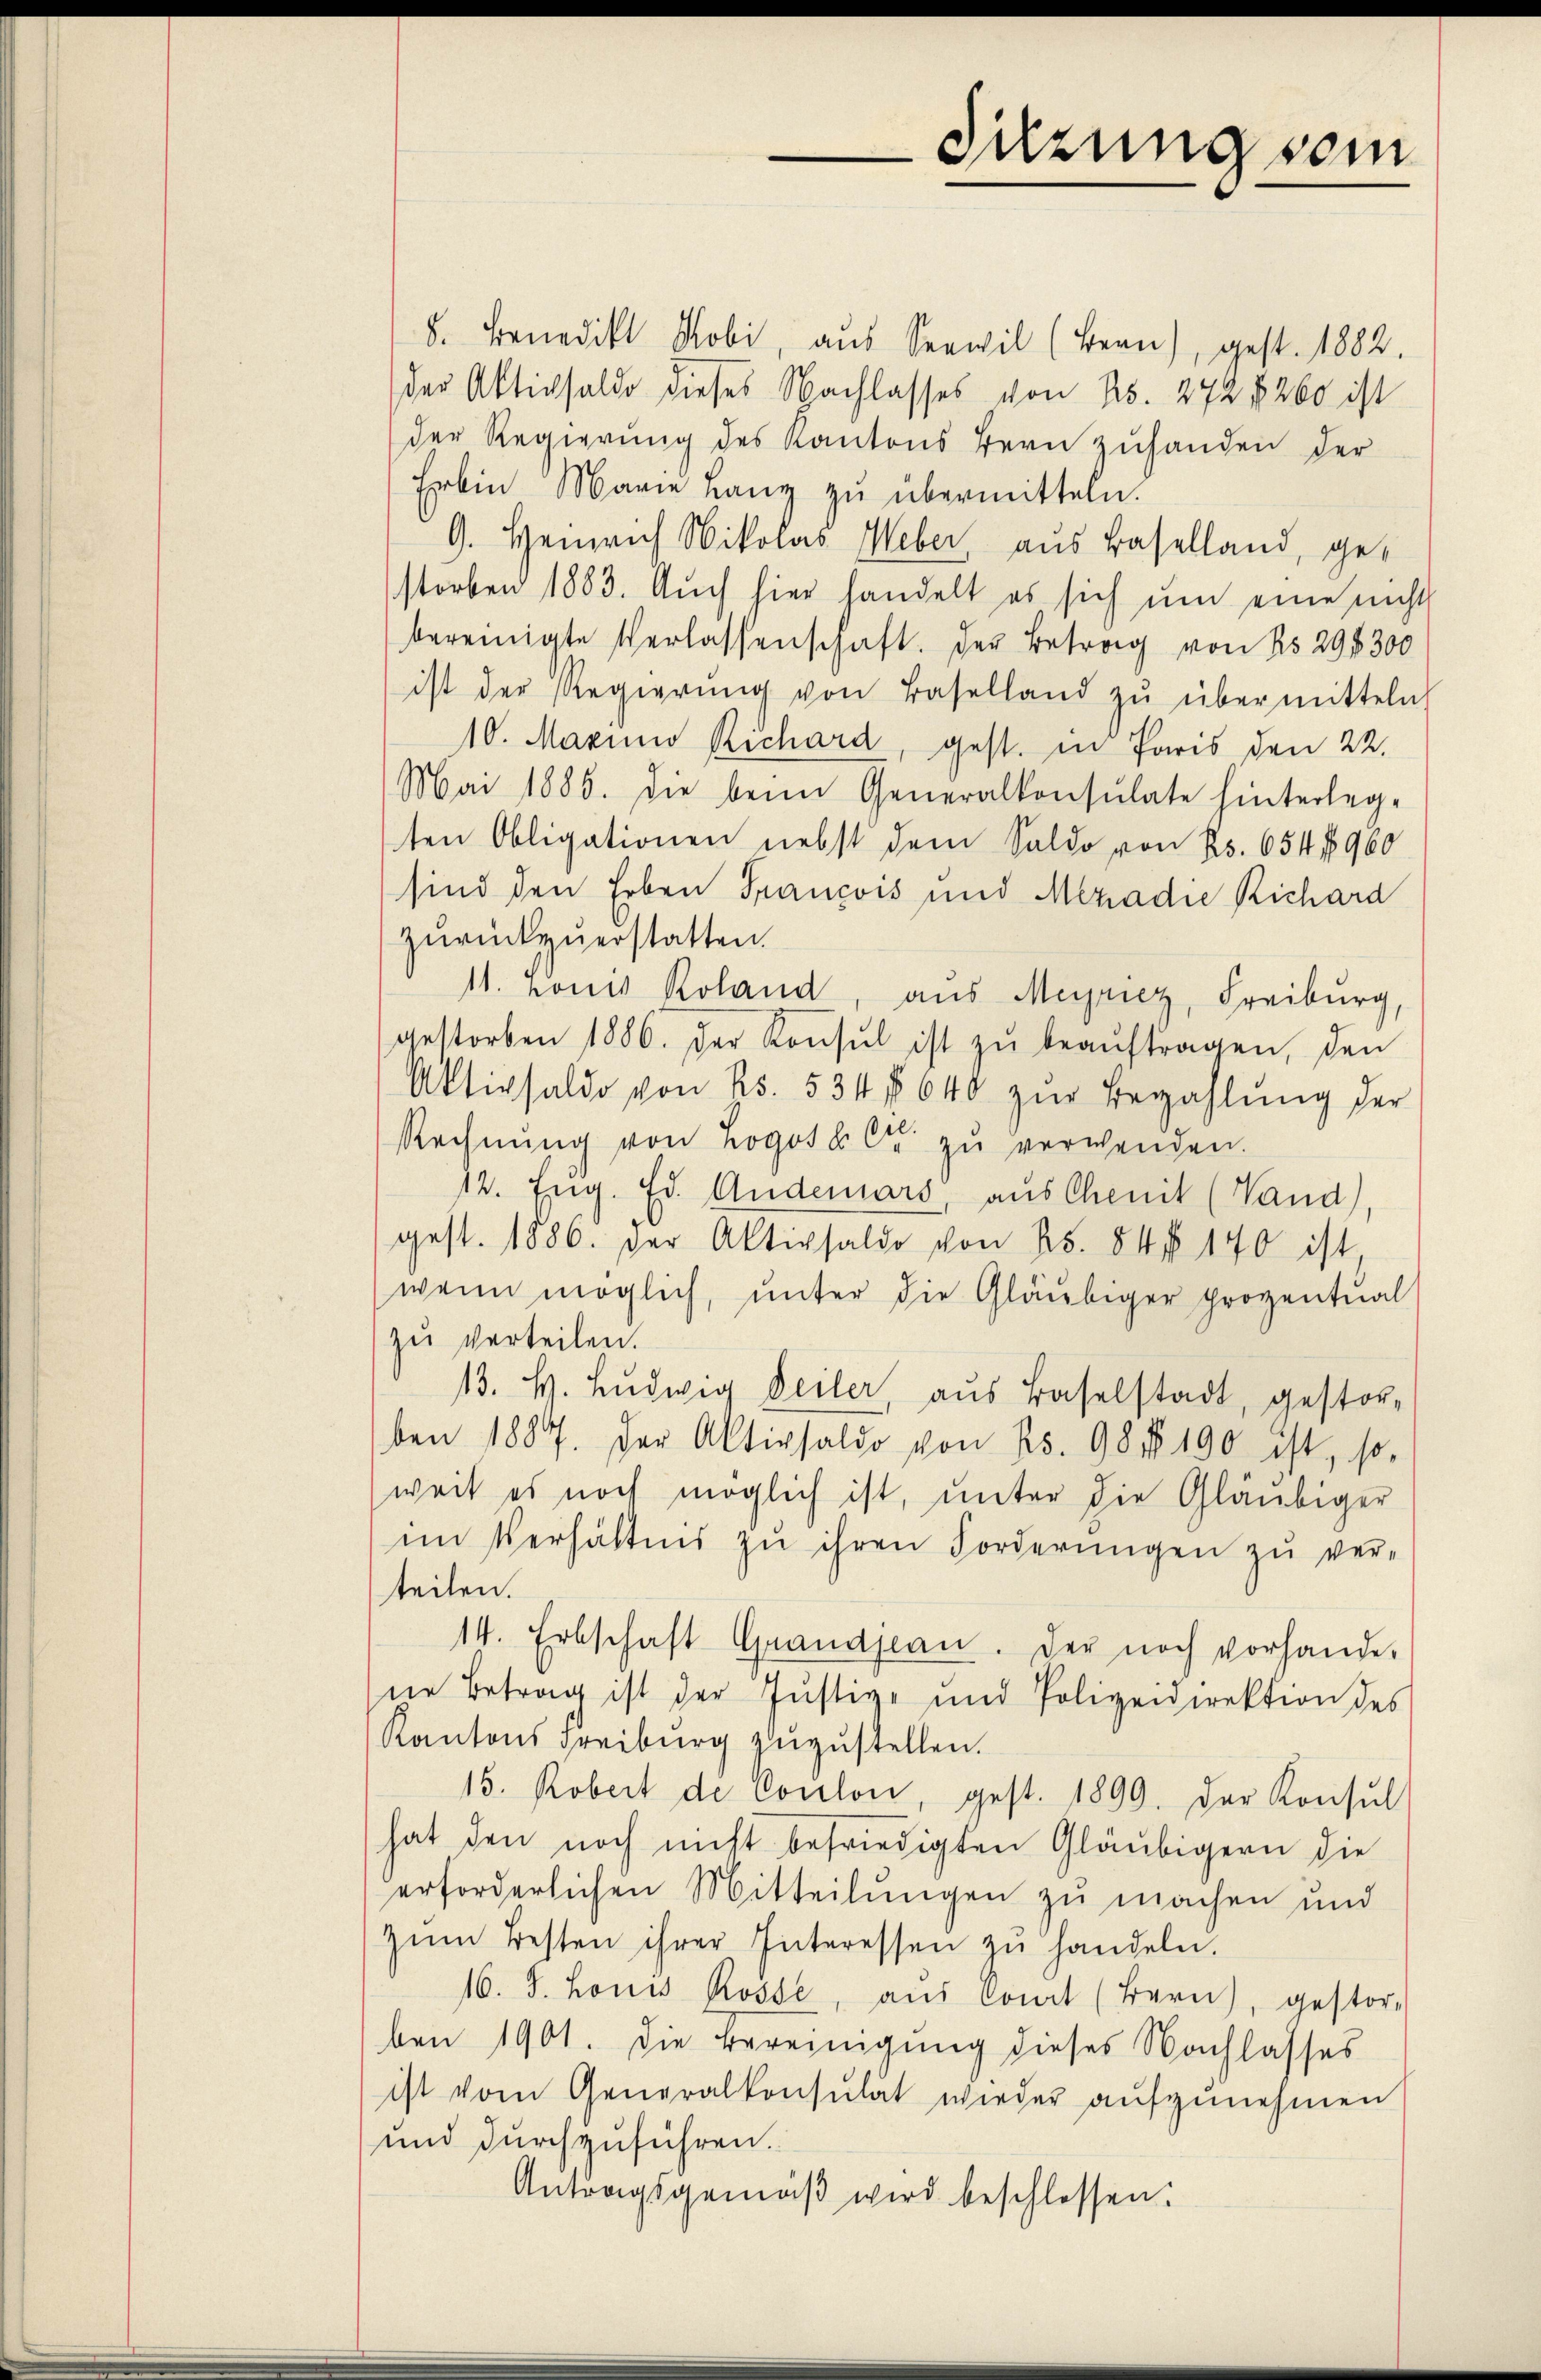
8. Benedikt Nobi, aus Seewil (Bern), gest. 1882.
der Aktivsaldo dieses Nachlasses von No. 272 1260 ist
der Regierung des Kantons Bern zuhanden der
Erbin Marie Lang zu übermitteln.
9. Heinrich Nikolas Weber, aus Baselland, gestorben 1883. Aŭch hier handelt es sich ŭm eine nicht
bereinigte Verlassenschaft. Der Betrag von No 294300
ist der Regierŭng von Baselland zŭ übermitteln
10. Marino Richard, gest. in Paris den 22.
Mai 1885. die beim Generalkonsulate hinterleg-
ten Obligationen nebst dem Saldo von Rs. 654 f 960
sind den Erben Francois und Mezadie Richard
zurückzuerstatten.
11. vonis Roland, aus Meyriez, Freiburg,
gestorben 1886. der Konsul ist zŭ beaŭftragen, den
Aktivsaldo von Rs. 534 § 640 zŭr Bezahlŭng der
Rechnŭng von Logoso Cr zŭ verwenden.
12. Eng. Ed. Anderars aus Chenit (Vand)
gest. 1886. Der Aktivsaldo von R. 84 f 140 ist,
wenn möglich, unter die Gläubiger proventual
zu verteilen.
13. H. Ludwig Deiler, aus Baselstadt, gestorben 1887. Der Aktivsaldo von 25. 98 No 190 ist, so-
weit es noch möglich ist, ŭnter die Gläubiger
im Verhältnis zu ihren Forderŭngen zŭ ver-
teilen.
14. Erbschaft Grandjean. Der noch vorhande-
ne Betrag ist der Justiz- und Polizeidirektion des
Kantons Freiburg zuzustellen.
15. Robert de Coulon, gest. 1899. Der Konsul
hat den noch nicht befriedigten Gläubigern die
erforderlichen Mitteilŭngen zu machen und
zŭm Besten ihrer Interessen zŭ handeln.
16. J. Louis Rosse, aŭs Comit (Bern), gestor-
ben 1901. Die Bereinigung dieses Nachlasses
ist vom Generalkonsulat wieder aŭfzŭnehmen
und durchzuführen.
Antragsgemäβ wird beschlossen:

Sitzung vom